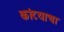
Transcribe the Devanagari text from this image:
कांटयाचा